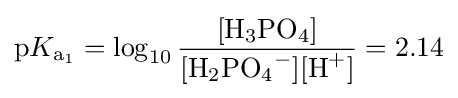
\mathrm {p} K_{{\ce {a1}}}=\log _{10}{\frac {[{\ce {H_3PO_4}}]}{[{\ce {H_2PO_4^{-}}}][{\ce {H^+}}]}}=2.14